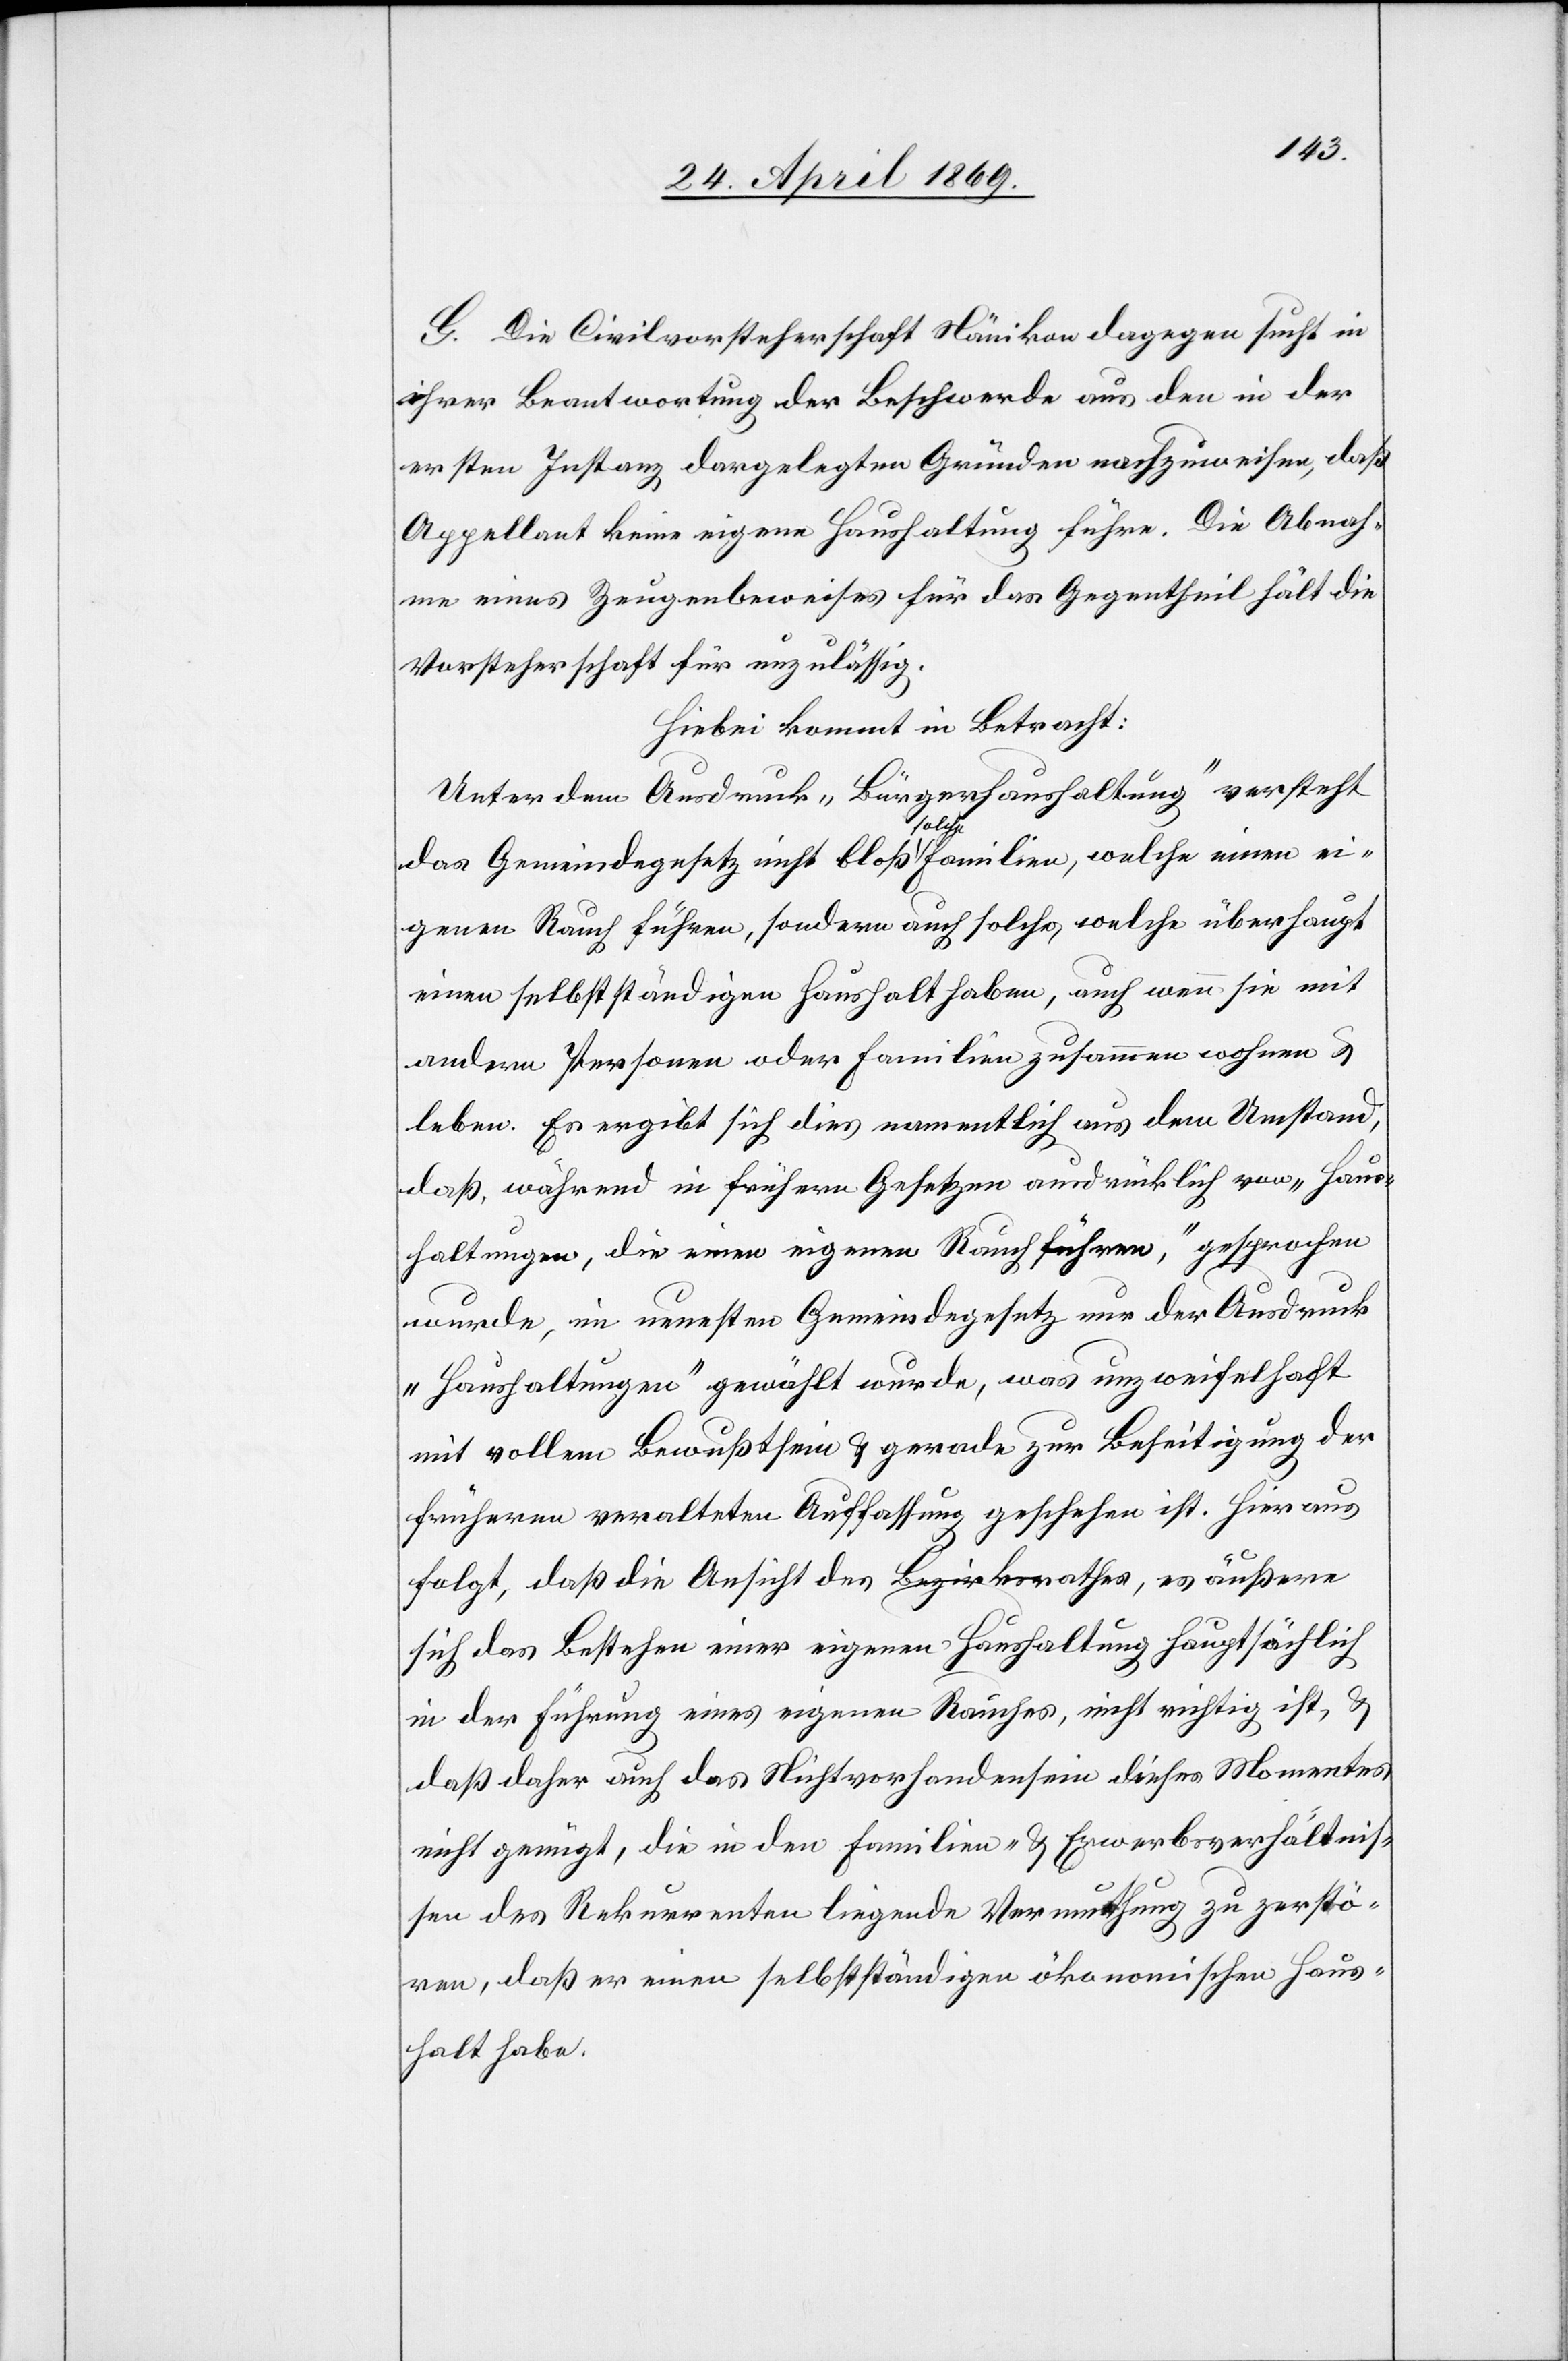
G. Die Civilvorsteherschaft Nänikon dagegen sucht in
ihrer Beantwortung der Beschwerde aus den in der
ersten Instanz dargelegten Gründen nachzuweisen, daß
Appellant keine eigene Haushaltung führe. Die Abnah¬
me eines Zeugenbeweises für das Gegentheil hält die
Vorsteherschaft für unzuläßig.
Hiebei kommt in Betracht:
Unter dem Ausdruck „Bürgerhaushaltung“ versteht
das Gemeindegesetz nicht bloß solche Familien, welche einen ei¬
genen Rauch führen, sondern auch solche, welche überhaupt
einen selbstständigen Haushalt haben, auch wenn sie mit
andern Personen oder Familien zusammen wohnen u.
leben. Es ergibt sich dies namentlich aus dem Umstand,
daß während in frühern Gesetzen ausdrücklich von „Haus¬
haltungen, die einen eigenen Rauch führen“, gesprochen
wurde, im neuesten Gemeindegesetz nur der Ausdruck
„Haushaltungen“ gewählt wurde, was unzweifelhaft
mit vollem Bewußtsein u. gerade zur Beseitigung der
frühern veralteten Auffassung geschehen ist. Hieraus
folgt, daß die Ansicht des Bezirksrathes, es äußere
sich das Bestehen einer eigenen Haushaltung hauptsächlich
in der Führung eines eigenen Rauches, nicht richtig ist, u.
daß daher auch das Nichtvorhandensein dieses Momentes
nicht genügt, die in den Familien- u. Erwerbsverhältnis¬
sen des Rekurrenten liegende Vermuthung zu zerstö¬
ren, daß er einen selbständigen ökonomischen Haus¬
halt habe.